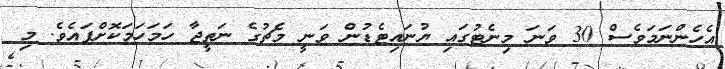
އެހެންނަމަވެސް 30 ވަނަ މިނެޓުގައި ޔުނައިޓެޑުން ވަނީ މެޗުގެ ނަތީޖާ ހަމަހަމަކޮށްފައެވެ. މި